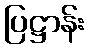
ပြဋ္ဌာန်း